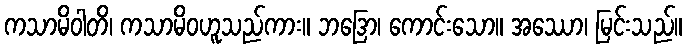
ကသာမိဝါတိ၊ ကသာမိဝဟူသည်ကား။ ဘဒြော၊ ကောင်းသော။ အဿော၊ မြင်းသည်။